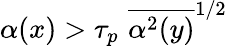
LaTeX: \alpha(x)>\tau_{p}\, \, \overline{{\alpha^{2}(y)}}^{1/2}